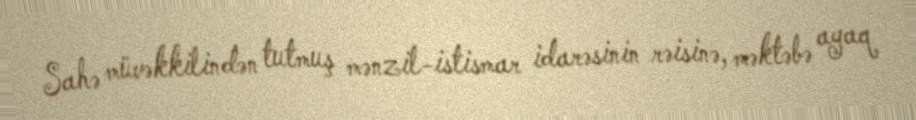
Sahə müvəkkilindən tutmuş mənzil-istismar idarəsinin rəisinə, məktəbə ayaq